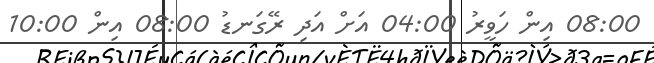
08:00 އިން ހަވީރު 04:00 އަށް އަދި ރޭގަނޑު 08:00 އިން 10:00